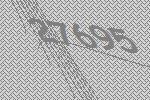
27695